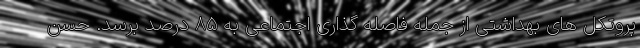
پروتکل های بهداشتی از جمله فاصله گذاری اجتماعی به ۸۵ درصد برسد. حسن